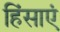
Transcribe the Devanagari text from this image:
हिंसाएं